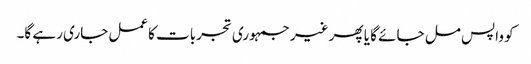
کو واپس مل جائے گا یا پھر غیر جمہوری تجربات کاعمل جاری رہے گا۔